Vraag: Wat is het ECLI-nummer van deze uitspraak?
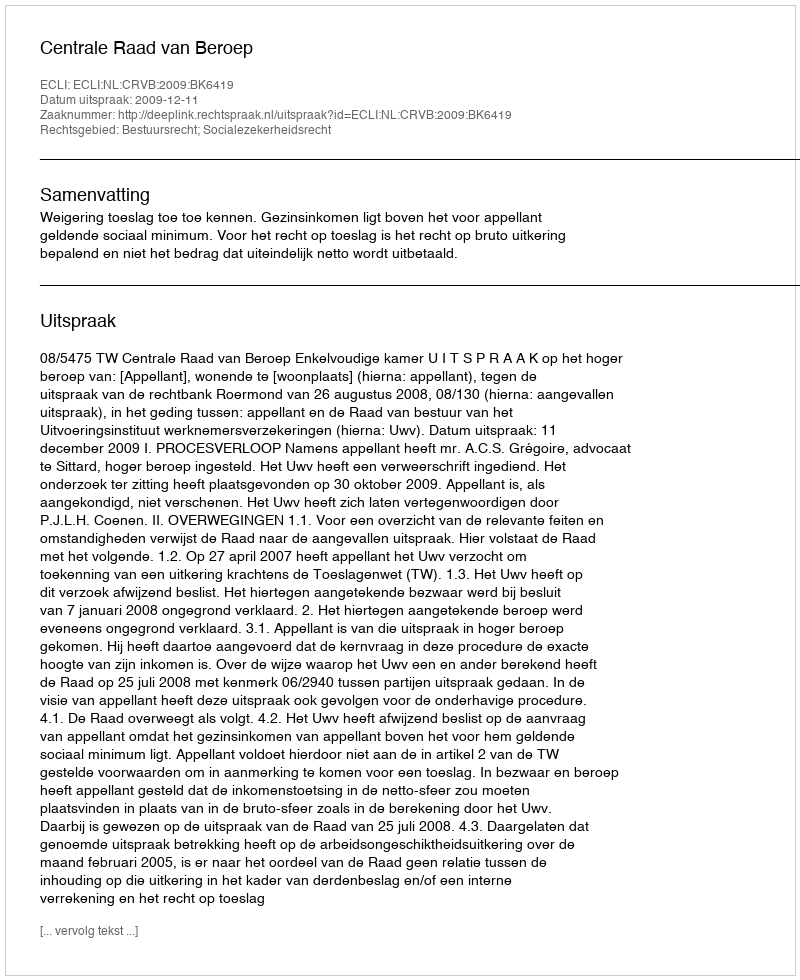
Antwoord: ECLI:NL:CRVB:2009:BK6419